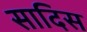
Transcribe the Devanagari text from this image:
सादिस